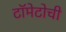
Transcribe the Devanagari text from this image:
टॉमेटोची